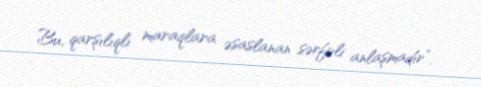
Bu, qarşılıqlı maraqlara əsaslanan sərfəli anlaşmadır”.